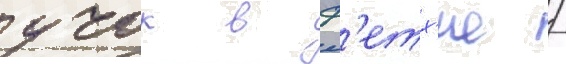
учок в ф'етх'ие /